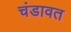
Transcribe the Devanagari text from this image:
चंडावत